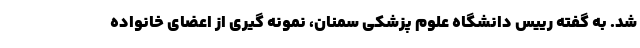
شد. به گفته رییس دانشگاه علوم پزشکی سمنان، نمونه گیری از اعضای خانواده